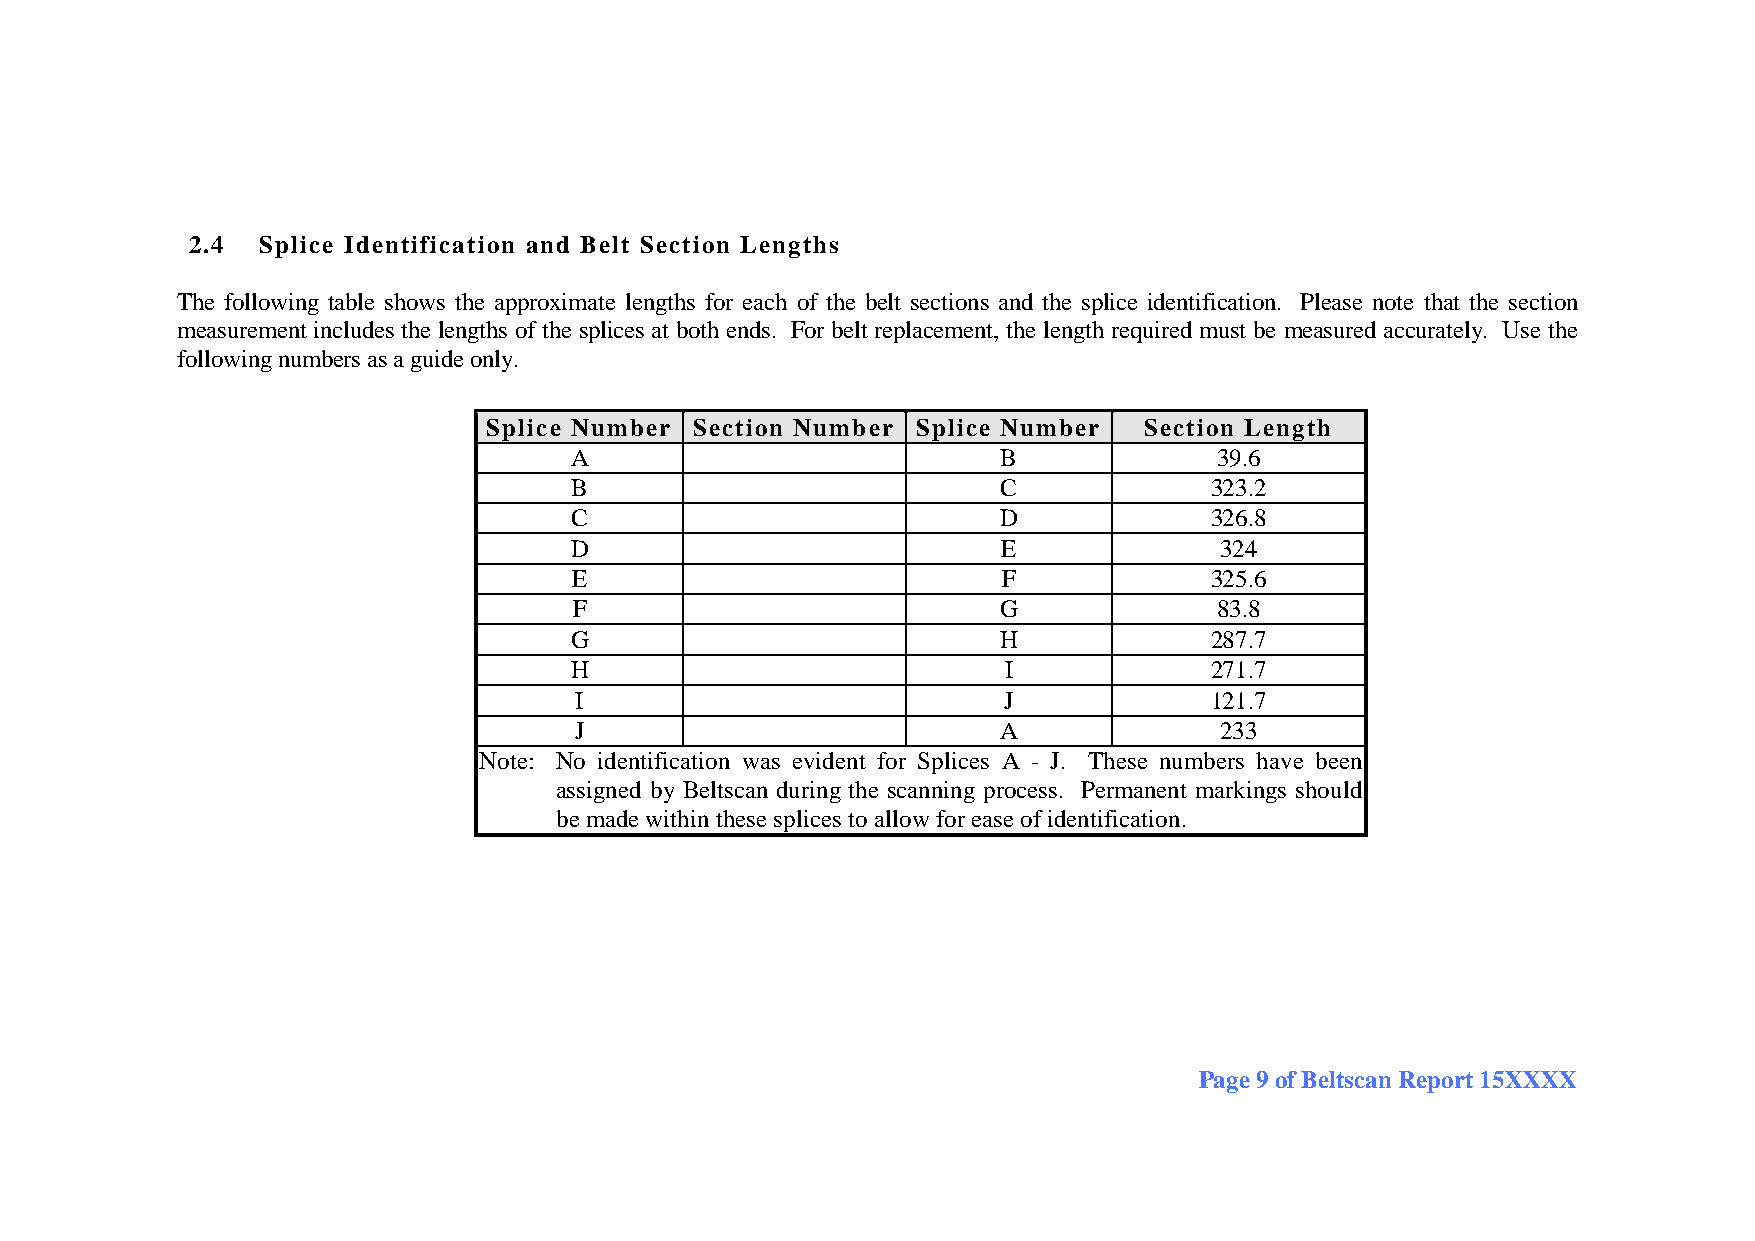
2.4  Splice Identification and Belt Section Lengths
 The following table shows the approximate lengths for each of the belt sections and the splice identification. Please note that the section
 measurement includes the lengths of the splices at both ends. For belt replacement, the length required must be measured accurately. Use the
 following numbers as a guide only.
 Splice Number Section Number Splice Number  Section Length
 A                           B              39.6
 B                           C             323.2
 C                           D             326.8
 D                           E              324
 E                           F             325.6
 F                           G              83.8
 G                           H             287.7
 H                           I             271.7
 I                           J             121.7
 J                           A              233
 Note: No identification was evident for Splices A - J. These numbers have been
 assigned by Beltscan during the scanning process. Permanent markings should
 be made within these splices to allow for ease of identification.
 Page 9 of Beltscan Report 15XXXX